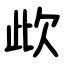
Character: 㰣